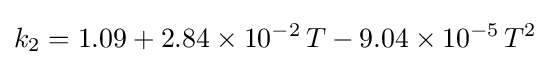
k_{2}=1.09+2.84\times 10^{-2}\,T-9.04\times 10^{-5}\,T^{2}